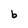
Character: b